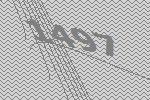
1497